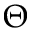
\Theta